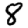
Digit: 8